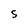
Character: 5